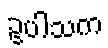
ဥပါသက